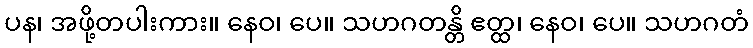
ပန၊ အဖို့တပါးကား။ နေဝ၊ ပေ။ သဟဂတန္တိ ဧတ္ထ၊ နေဝ၊ ပေ။ သဟဂတံ